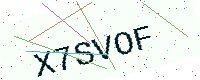
Text: X7SVOF